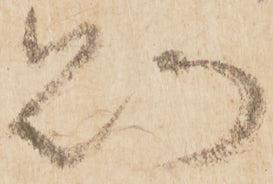
則